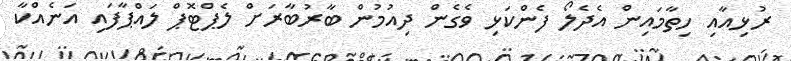
ރުޅިއާއި ހިތާމައިން އެދެލޯ ފެންކަޅި ވެގެން ދިއުމުން ބާރުބާރަށް ލެޕްޓޮޕް ލައްޕާފައި އަނެއްކާ